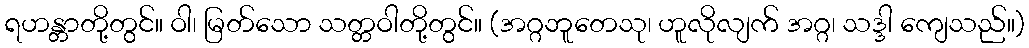
ရဟန္တာတို့တွင်။ ဝါ၊ မြတ်သော သတ္တဝါတို့တွင်။ (အဂ္ဂဘူတေသု၊ ဟူလိုလျက် အဂ္ဂ၊ သဒ္ဒါ ကျေသည်။)